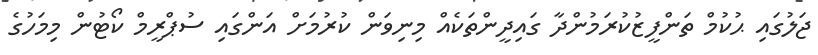
ޖަލުގައި ޙުކުމް ތަންފީޒުކުރަމުންދާ ގައިދީންތަކެއް މިނިވަން ކުރުމަށް އަންގައި ސުޕްރީމް ކޯޓުން މިމަހުގެ